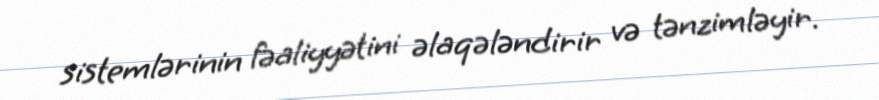
sistemlərinin fəaliyyətini əlaqələndirir və tənzimləyir.